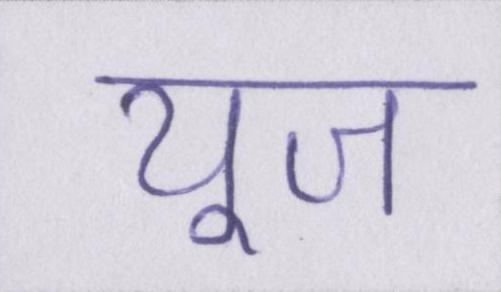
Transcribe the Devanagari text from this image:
यूज